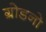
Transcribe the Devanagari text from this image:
ग्रोडनो